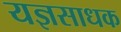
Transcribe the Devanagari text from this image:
यज्ञसाधक